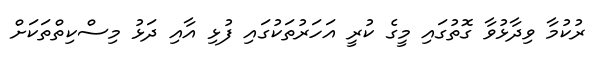
ރުކުމާ ވިދާޅުވާ ގޮތުގައި މީގެ ކުރީ އަހަރުތަކުގައި ފުޅި އާއި ދަޅު މިސްކިތްތަކަށް